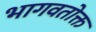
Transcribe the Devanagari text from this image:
भागवतोक्त